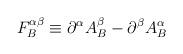
LaTeX: \begin{align*}F_{B}^{\alpha \beta }\equiv \partial ^{\alpha }A_{B}^{\beta }-\partial^{\beta }A_{B}^{\alpha }\end{align*}